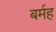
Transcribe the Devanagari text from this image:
बर्मह